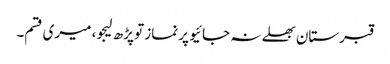
قبرستان بھلے نہ جائیو پر نماز تو پڑھ لیجو، میری قسم۔